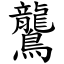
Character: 鸗